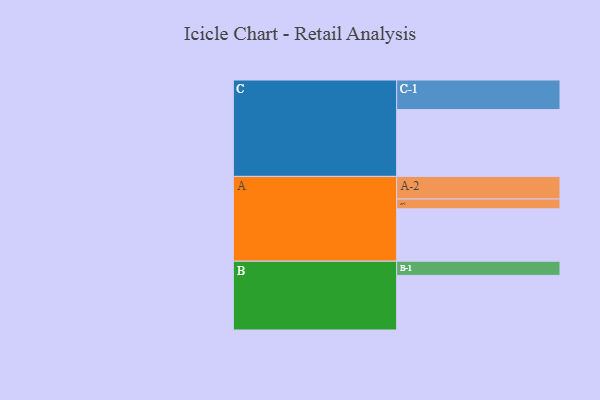
{"axis": {"x": "Segment", "y": "Value"}, "legend": ["", "A", "B", "C"], "data": [{"x": "A", "y": 465, "type": ""}, {"x": "B", "y": 485, "type": ""}, {"x": "C", "y": 593, "type": ""}, {"x": "A-1", "y": 87, "type": "A"}, {"x": "A-2", "y": 201, "type": "A"}, {"x": "B-1", "y": 126, "type": "B"}, {"x": "C-1", "y": 263, "type": "C"}]}